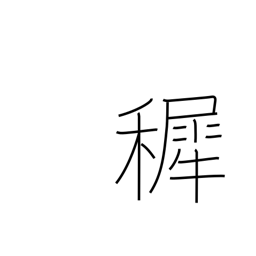
Meaning: infancy